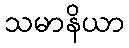
သမာနိယာ